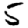
Digit: 5